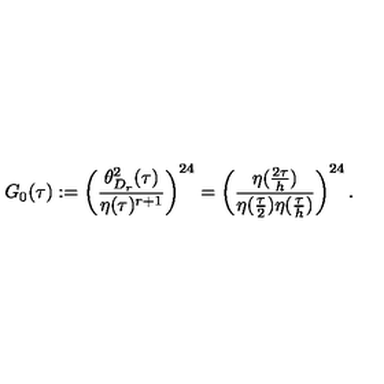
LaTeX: G _ { 0 } ( \tau ) : = \left( \frac { \theta _ { D _ { r } } ^ { 2 } ( \tau ) } { \eta ( \tau ) ^ { r + 1 } } \right) ^ { 2 4 } = \left( \frac { \eta ( \frac { 2 \tau } { h } ) } { \eta ( \frac { \tau } { 2 } ) \eta ( \frac { \tau } { h } ) } \right) ^ { 2 4 } .